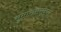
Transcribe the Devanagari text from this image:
सुमाराससुद्धा